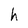
Character: h